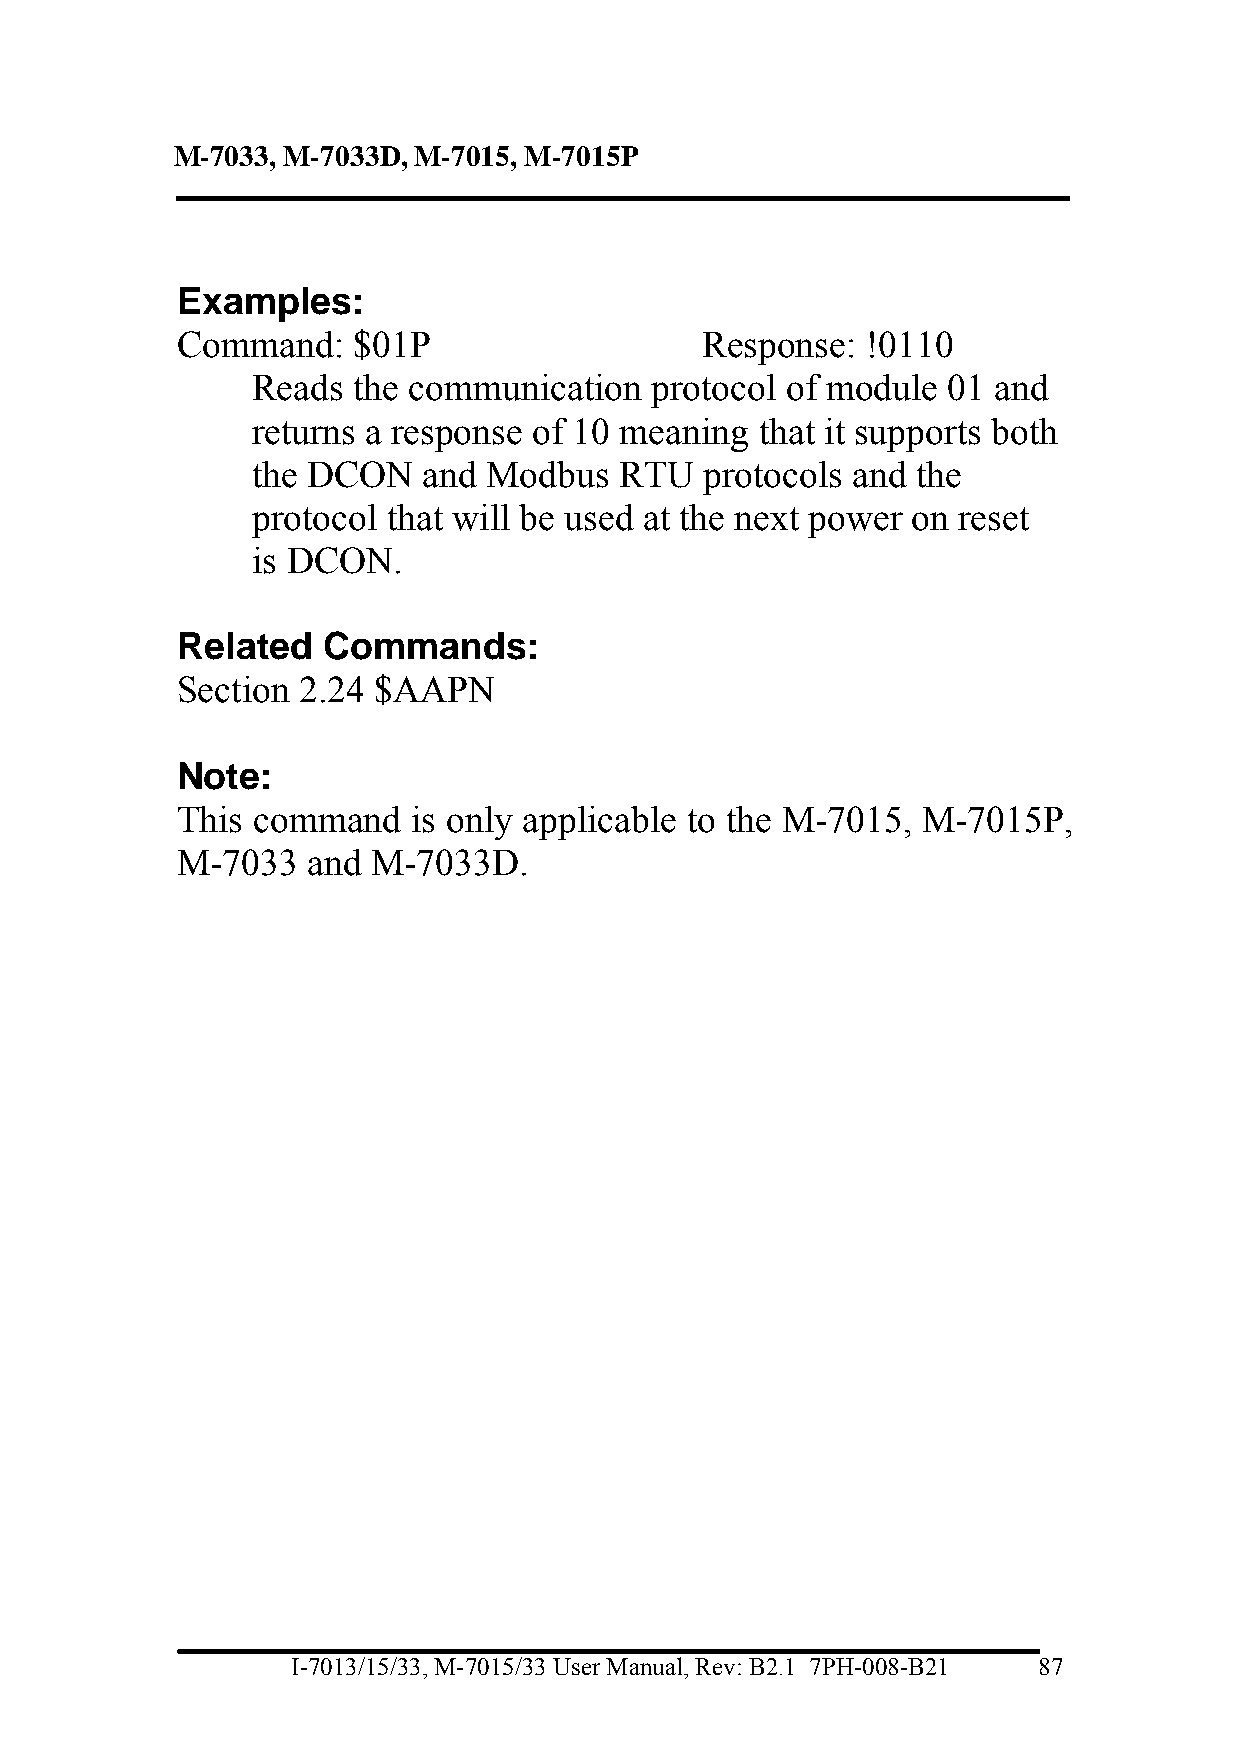
M-7033, M-7033D, M-7015, M-7015P
 Examples:
 Command:   $01P                   Response:  !0110
 Reads the communication   protocol of module  01 and
 returns a response of 10 meaning that it supports both
 the DCON   and Modbus   RTU   protocols and the
 protocol that will be used at the next power on reset
 is DCON.
 Related  Commands:
 Section 2.24 $AAPN
 Note:
 This command   is only applicable to the M-7015, M-7015P,
 M-7033  and  M-7033D.
 I-7013/15/33, M-7015/33 User Manual, Rev: B2.1 7PH-008-B21 87